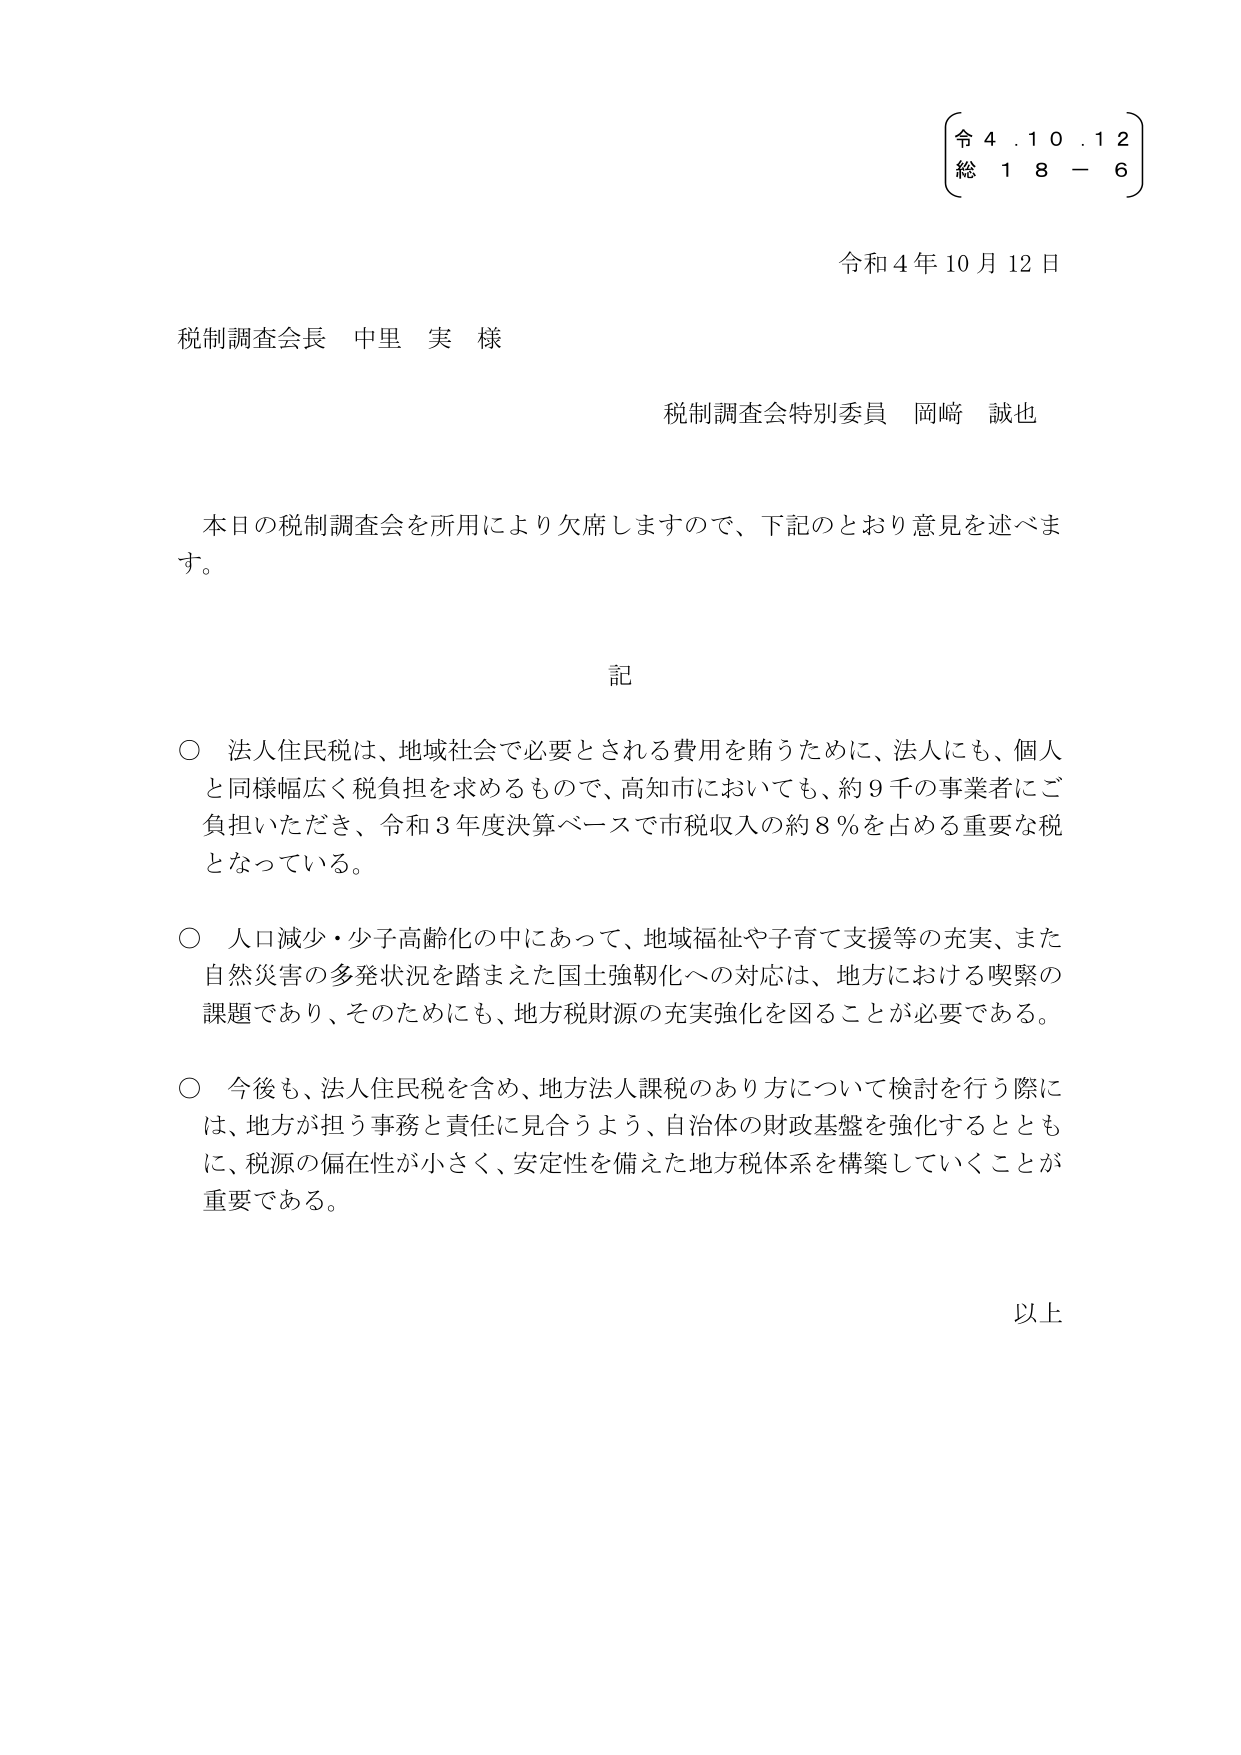
令 4. 1 0. 1 2
総 1 8 - 6

令和4年10月12日

税制調査会長 中里 実 様

税制調査会特別委員 岡﨑 誠也

本日の税制調査会を所用により欠席しますので、下記のとおり意見を述べます。

記

○ 法人住民税は、地域社会で必要とされる費用を賄うために、法人にも、個人と同様幅広く税負担を求めるもので、高知市においても、約9千の事業者にご負担いただき、令和3年度決算ベースで市税収入の約8％を占める重要な税となっている。

○ 人口減少・少子高齢化の中にあって、地域福祉や子育て支援等の充実、また自然災害の多発状況を踏まえた国土強靭化への対応は、地方における喫緊の課題であり、そのためにも、地方税財源の充実強化を図ることが必要である。

○ 今後も、法人住民税を含め、地方法人課税のあり方について検討を行う際には、地方が担う事務と責任に見合うよう、自治体の財政基盤を強化するとともに、税源の偏在性が小さく、安定性を備えた地方税体系を構築していくことが重要である。

以上